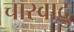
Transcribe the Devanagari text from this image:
चास्वादु